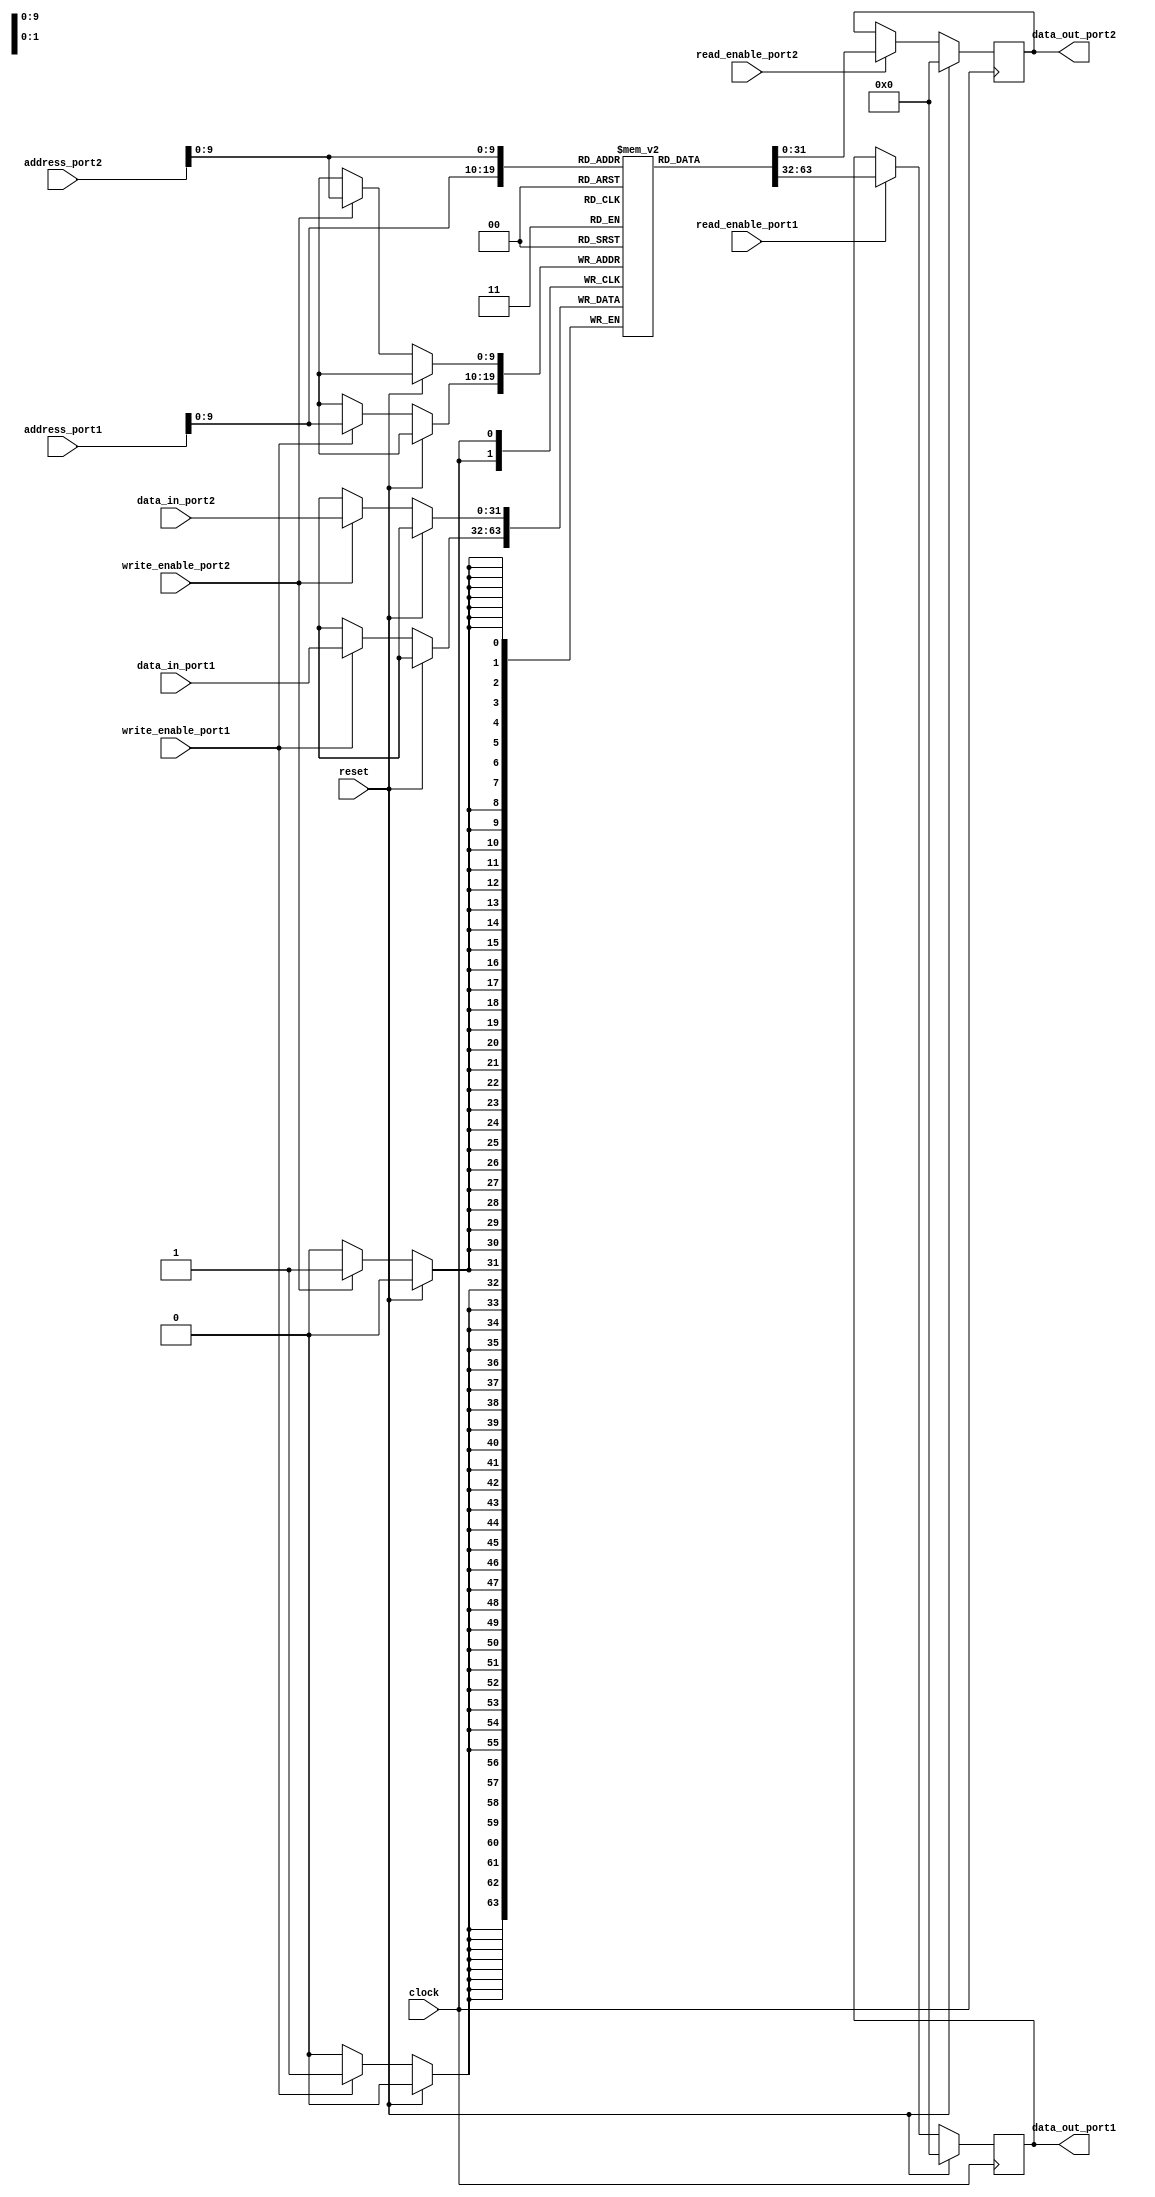
module dual_port_ram (
    input clock,
    input reset,
    input [31:0] address_port1,
    input [31:0] data_in_port1,
    input write_enable_port1,
    input read_enable_port1,
    output reg [31:0] data_out_port1,
    
    input [31:0] address_port2,
    input [31:0] data_in_port2,
    input write_enable_port2,
    input read_enable_port2,
    output reg [31:0] data_out_port2
);

reg [31:0] memory [0:1023];

//Port 1 read-before-write operation
always @(posedge clock) begin
    if(reset) begin
        data_out_port1 <= 0;
    end else begin
        if(read_enable_port1) begin
            data_out_port1 <= memory[address_port1];
        end
        if(write_enable_port1) begin
            memory[address_port1] <= data_in_port1;
        end
    end
end

//Port 2 standard read and write operations
always @(posedge clock) begin
    if(reset) begin
        data_out_port2 <= 0;
    end else begin
        if(read_enable_port2) begin
            data_out_port2 <= memory[address_port2];
        end
        if(write_enable_port2) begin
            memory[address_port2] <= data_in_port2;
        end
    end
end

endmodule